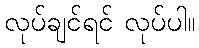
လုပ်ချင်ရင် လုပ်ပါ။